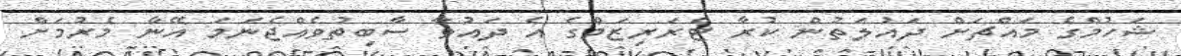
ޝަހުމްގެ މައްޗަށް ދައުލަތުން ކުރާ ޓެރަރިޒަމްގެ އެ ދައުވާ ސާބިތުވެއްޖެނަމަ އޭނާ މެރުމަށް